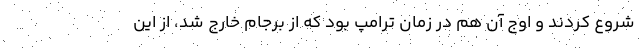
شروع کردند و اوج آن هم در زمان ترامپ بود که از برجام خارج شد، از این